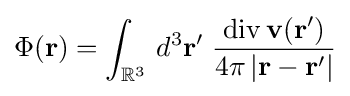
\Phi (\mathbf {r} )=\int _{\mathbb {R} ^{3}}\,d^{3}\mathbf {r} '\;{\frac {\operatorname {div} \mathbf {v} (\mathbf {r} ')}{4\pi \left|\mathbf {r} -\mathbf {r} '\right|}}